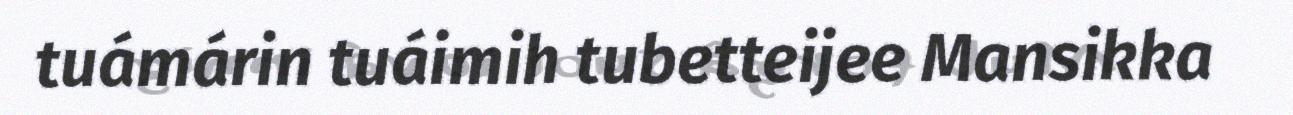
tuámárin tuáimih tubetteijee Mansikka